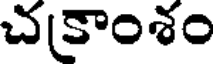
చకాంశం